Report of the Indian Hemp Drugs Commission, 1894-1895 - Volume V
Year: 1894
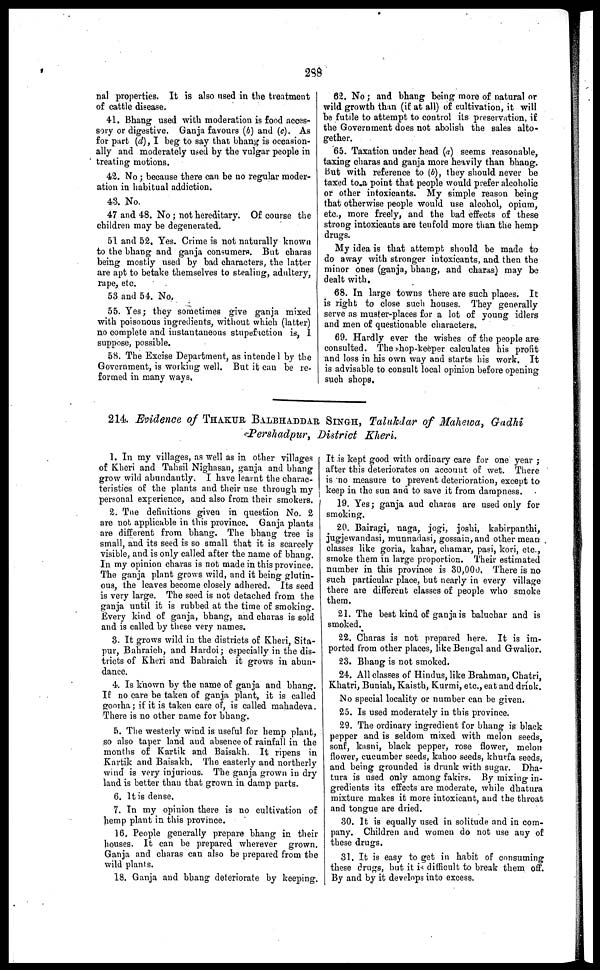
288
nal properties. It is also used in the treatment
of cattle disease.
41. Bhang used with moderation is food acces-
sory or digestive. Ganja favours (b) and (c). As
for part (d), I beg to say that bhang is occasion-
ally and moderately used by the vulgar people in
treating motions.
42. No ; because there can be no regular moder-
ation in habitual addiction.
43. No.
47 and 48. No ; not hereditary. Of course the
children may be degenerated.
51 and 52. Yes. Crime is not naturally known
to the bhang and ganja consumers. But charas
being mostly used by bad characters, the latter
are apt to betake themselves to stealing, adultery,
rape, etc.
53 and 54. No.
55. Yes; they sometimes give ganja mixed
with poisonous ingredients, without which (latter)
no complete and instantaneous stupefaction is, 1
suppose, possible.
58. The Excise Department, as intendel by the
Government, is working well. But it can be re-
formed in many ways.
82. No; and bhang being more of natural or
wild growth than (if at all) of cultivation, it will
be futile to attempt to control its preservation, if
the Government does not abolish the sales alto-
gether.
65. Taxation under head (a) seems reasonable,
taxing charas and ganja more heavily than bhang.
But with reference to (b), they should never be
taxed to a point that people would prefer alcoholic
or other intoxicants. My simple reason being
that otherwise people would use alcohol, opium,
etc., more freely, and the bad effects of these
strong intoxicants are tenfold more than the hemp
drugs.
My idea is that attempt should be made to
do away with stronger intoxicants, and then the
minor ones (ganja, bhang, and charas) may be
dealt with,
68. In large towns there are such places. It
is right to close such houses. They generally
serve as muster-places for a lot of young idlers
and men of questionable characters.
69. Hardly ever the wishes of the people are
consulted. The hop-keeper calculates his profit
and loss in his own way and starts his work. It
is advisable to consult local opinion before opening
such shops.
214. Evidence of THAKUR BALBHADDAR SINGH, Talukdar of Mahewa, Gadhi
Pershadpur, District Kheri.
1. In my villages, as well as in other villages
of Kheri and Tahsil Nighasan, ganja and bhang
grow wild abundantly. I have learnt the charac-
teristics of the plants and their use through my
personal experience, and also from their smokers.
2. The definitions given in question No. 2
are not applicable in this province. Ganja plants
are different from bhang. The bhang tree is
small, and its seed is so small that it is scarcely
visible, and is only called after the name of bhang.
In my opinion charas is not made in this province.
The ganja plant grows wild, and it being glutin-
ous, the leaves become closely adhered. Its seed
is very large. The seed is not detached from the
ganja until it is rubbed at the time of smoking.
Every kind of ganja, bhang, and charas is sold
and is called by these very names.
3. It grows wild in the districts of Kheri, Sita-
pur, Bahraich, and Hardoi; especially in the dis-
tricts of Kheri and Bahraich it grows in abun-
dance.
4. Is known by the name of ganja and bhang.
If no care be taken of ganja plant, it is called
goorha; if it is taken care of, is called mahadeva.
There is no other name for bhang.
5. The westerly wind is useful for hemp plant,
so also taper land and absence of rainfall in the
months of Kartik and Baisakh. It ripens in
Kartik and Baisakh. The easterly and northerly
wind is very injurious. The ganja grown in dry
land is better than that grown in damp parts.
6. It is dense.
7. In my opinion there is no cultivation of
hemp plant in this province.
16. People generally prepare bhang in their
houses. It can be prepared wherever grown.
Ganja and charas can also be prepared from the
wild plants.
18. Ganja and bhang deteriorate by keeping.
It is kept good with ordinary care for one year ;
after this deteriorates on account of wet. There
is no measure to prevent deterioration, except to
keep in the sun and to save it from dampness.
19. Yes; ganja and charas are used only for
smoking.
20. Bairagi, naga, jogi, joshi, kabirpanthi,
jugjewandasi, munnadasi, gossain, and other mean
classes like goria, kahar, chamar, pasi, kori, etc.,
smoke them in large proportion. Their estimated
number in this province is 30,000. There is no
such particular place, but nearly in every village
there are different classes of people who smoke
them.
21. The best kind of ganja is baluchar and is
smoked.
22. Charas is not prepared here. It is im-
ported from other places, like Bengal and Gwalior.
23. Bhang is not smoked.
24. All classes of Hindus, like Brahman, Chatri,
Khatri, Buniah, Kaisth, Kurmi, etc., eat and drink.
No special locality or number can be given.
25. Is used moderately in this province.
29. The ordinary ingredient for bhang is black
pepper and is seldom mixed with melon seeds,
sonf, kasni, black pepper, rose flower, melon
flower, cucumber seeds, kahoo seeds, khurfa seeds,
and being grounded is drunk with sugar. Dha-
tura is used only among fakirs. By mixing in-
gredients its effects are moderate, while dhatura
mixture makes it more intoxicant, and the throat
and tongue are dried.
30. It is equally used in solitude and in com-
pany. Children and women do not use any of
these drugs.
31. It is easy to get in habit of consuming
these drugs, but it is difficult to break them off.
By and by it develops into excess.